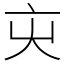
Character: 㐪